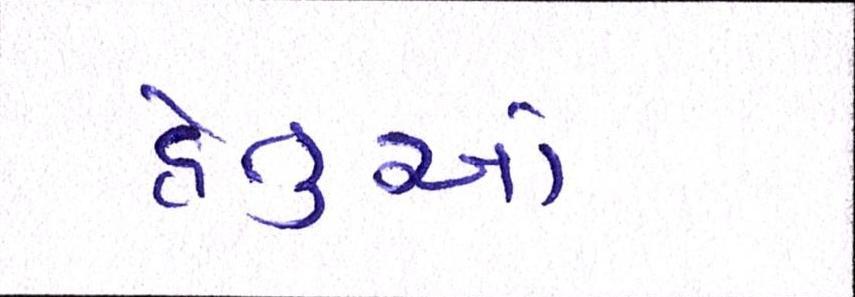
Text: હેતુઓ